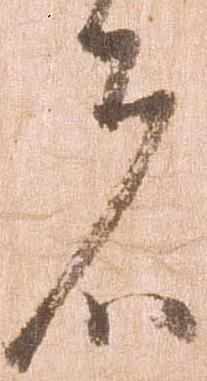
者